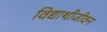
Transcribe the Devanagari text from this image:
विद्याथीजीवन